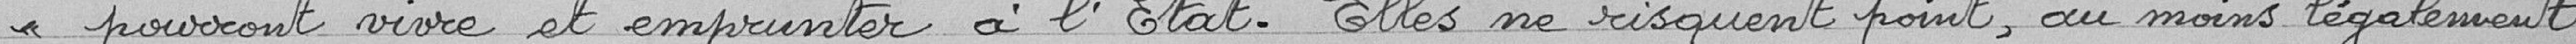
pourront vivre à emprunter à l'État. Elles ne risquent point, au moins légalement